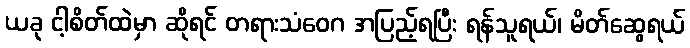
ယခု ငါ့စိတ်ထဲမှာ ဆိုရင် တရားသံဝေဂ အပြည့်ရပြီး ရန်သူရယ်၊ မိတ်ဆွေရယ်